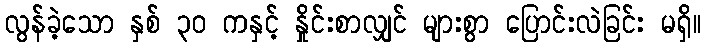
လွန်ခဲ့သော နှစ် ၃၀ ကနှင့် နှိုင်းစာလျှင် များစွာ ပြောင်းလဲခြင်း မရှိ။